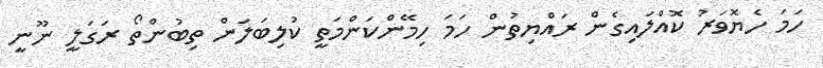
ހަމަ ހެޔޮވަރު ކޮއްލައިގެން ރައްޔިތުން ހަމަ ހިމޭންކަންމަަތީ ކުލިބަލަން ތިބުންތޯ ރަގަލީ ނޫނީ